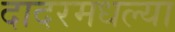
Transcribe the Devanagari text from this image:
दादरमधल्या